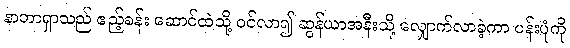
နာတာရှာသည် ဧည့်ခန်း ဆောင်ထဲသို့ ဝင်လာ၍ ဆွန်ယာအနီးသို့ လျှောက်လာခဲ့ကာ ပန်းပုံကို